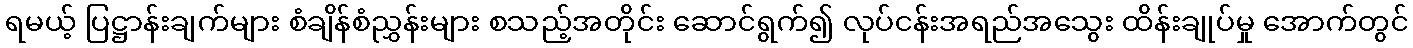
ရမယ့် ပြဋ္ဌာန်းချက်များ စံချိန်စံညွှန်းများ စသည့်အတိုင်း ဆောင်ရွက်၍ လုပ်ငန်းအရည်အသွေး ထိန်းချုပ်မှု အောက်တွင်